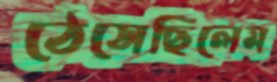
ঠেসেছিলেম